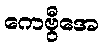
ကေဗွီအေ